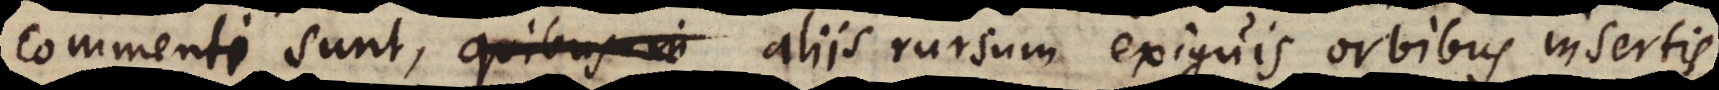
commenti sunt, aliis rursum exiguis orbibus mobilibus